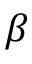
\beta